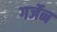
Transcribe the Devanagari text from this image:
गर्जेन